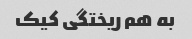
به هم ریختگی کیک